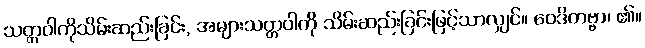
သတ္တဝါကိုသိမ်းဆည်းခြင်း, အများသတ္တဝါကို သိမ်းဆည်းခြင်းဖြင့်သာလျှင်။ ဝေဒိတဗ္ဗာ၊ ၏။